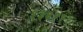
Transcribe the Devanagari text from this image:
१३६११९